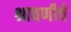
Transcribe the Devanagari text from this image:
श्रावणीचे